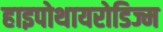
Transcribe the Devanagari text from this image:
हाइपोथायरोडिज्म